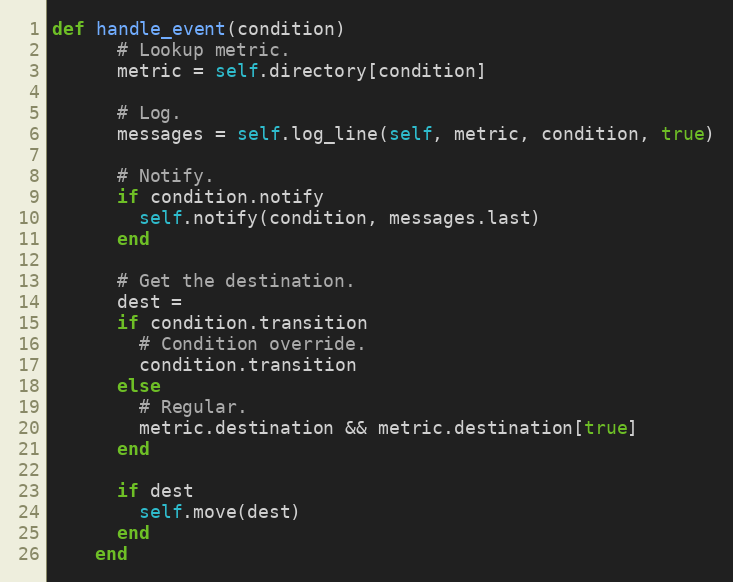
Language: Ruby
def handle_event(condition)
      # Lookup metric.
      metric = self.directory[condition]

      # Log.
      messages = self.log_line(self, metric, condition, true)

      # Notify.
      if condition.notify
        self.notify(condition, messages.last)
      end

      # Get the destination.
      dest =
      if condition.transition
        # Condition override.
        condition.transition
      else
        # Regular.
        metric.destination && metric.destination[true]
      end

      if dest
        self.move(dest)
      end
    end